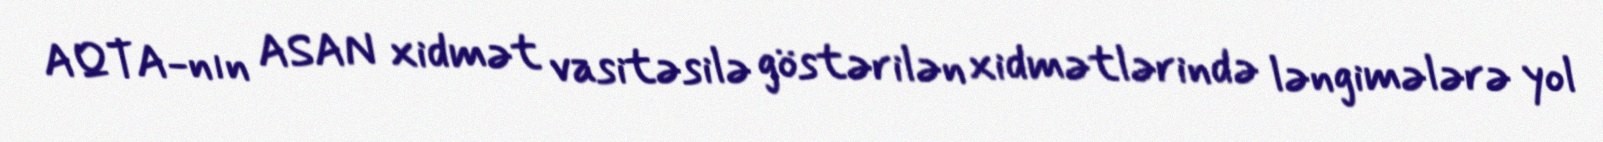
AQTA-nın ASAN xidmət vasitəsilə göstərilən xidmətlərində ləngimələrə yol